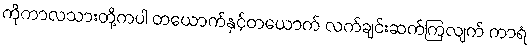
ကိုကာလသားတို့ကပါ တယောက်နှင့်တယောက် လက်ချင်းဆက်ကြလျက် ကာရံ